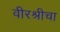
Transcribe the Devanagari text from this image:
वीरश्रीचा